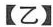
【乙】